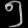
Digit: ၅